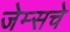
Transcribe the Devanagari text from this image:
जेम्सचे